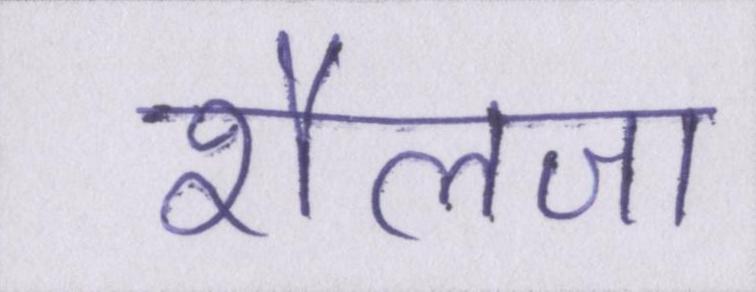
शैलजा